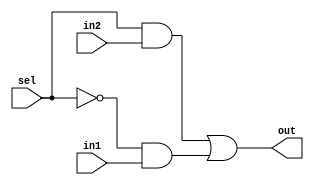
module mux2to1(out,sel,in1,in2);
    input in1,in2,sel;
    output out;
    wire not_sel,a1,a2;
    not (not_sel,sel);
    and (a1,sel,in2);
    and (a2,not_sel,in1);
    or(out,a1,a2);
endmodule

module bit8_2to1mux(out,sel,in1,in2);
    input [7:0] in1,in2;
    output [7:0] out;
    input sel;
    genvar j;
    //this is the variable that is be used in the generate block
    generate
        for(j=0;j<8;j=j+1)
        begin:
            mux_loop
            //mux_loop is the name of the loop
            mux2to1 m1(out[j],sel,in1[j],in2[j]);
            //mux2to1 is instantiated every time it is called
        end
    endgenerate
endmodule

module bit32_mux2to1(out,sel,in1,in2);
    input [31:0] in1,in2;
    output [31:0] out;
    input sel;
    genvar j;
    //this is the variable that is be used in the generate block
    generate
        for(j=0;j<4;j=j+1)
        begin:
            mux_loop
            //mux_loop is the name of the loop
            bit8_2to1mux m1(out[j*8+7:j*8],sel,in1[j*8+7:j*8],in2[j*8+7:j*8]);
            //mux2to1 is instantiated every time it is called
        end
    endgenerate
endmodule

module tb_32bit2to1mux;
    // initial
    // begin
    //     $dumpfile("mux2to1_32.vcd");
    //     $dumpvars;
    // end
    reg [31:0] INP1, INP2;
    reg SEL;
    wire [31:0] out;
    bit32_mux2to1 M1(out,SEL,INP1,INP2);
    initial
    begin
        $monitor(,$time, " INP1=%32b INP2=%32b OUT=%32b SEL=%b",INP1,INP2,out,SEL);
        INP1=32'b10101010101010101010101010101010;
        INP2=32'b01010101010101010101010101010101;
        SEL=1'b0;
        #10 SEL=1'b1;
        #10 $finish;
    end
endmodule